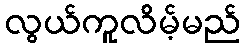
လွယ်ကူလိမ့်မည်